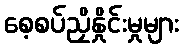
စေ့စပ်ညှိနှိုင်းမှုများ